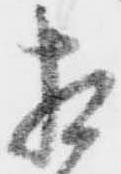
相